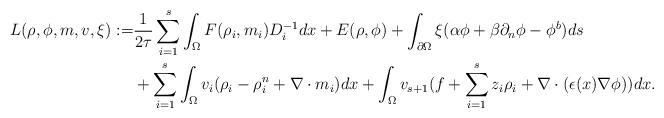
LaTeX: \begin{align*} L(\rho,\phi,m, v, \xi) :=&\frac{1}{2\tau} \sum_{i=1}^s \int_{\Omega} F(\rho_i, m_i)D^{-1}_i dx +E(\rho,\phi)+\int_{\partial \Omega} \xi (\alpha \phi +\beta \partial_n \phi -\phi^b)ds \\ & +\sum_{i=1}^s\int_{\Omega} v_i(\rho_i-\rho_i^n+\nabla \cdot m_i)dx+\int_{\Omega}v_{s+1}(f+\sum_{i=1}^sz_i\rho_i+\nabla \cdot (\epsilon(x)\nabla \phi)) dx.\end{align*}